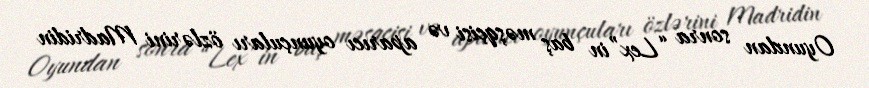
Oyundan sonra “Lex”in baş məşqçisi və aparıcı oyunçuları özlərini Madridin